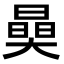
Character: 𣊖